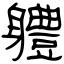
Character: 軆